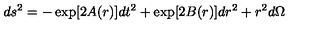
d s ^ { 2 } = - \exp [ 2 A ( r ) ] d t ^ { 2 } + \exp [ 2 B ( r ) ] d r ^ { 2 } + r ^ { 2 } d \Omega